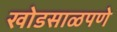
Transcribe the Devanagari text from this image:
खोडसाळपणे